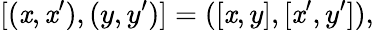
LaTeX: [(\mathit{x},\mathit{x}^{\prime}),(y,y^{\prime})]=([\mathit{x},y],[\mathit{x}^{\prime},y^{\prime}]),